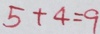
5 + 4 = 9